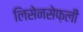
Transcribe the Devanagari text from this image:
लिसेनसेफ़ली